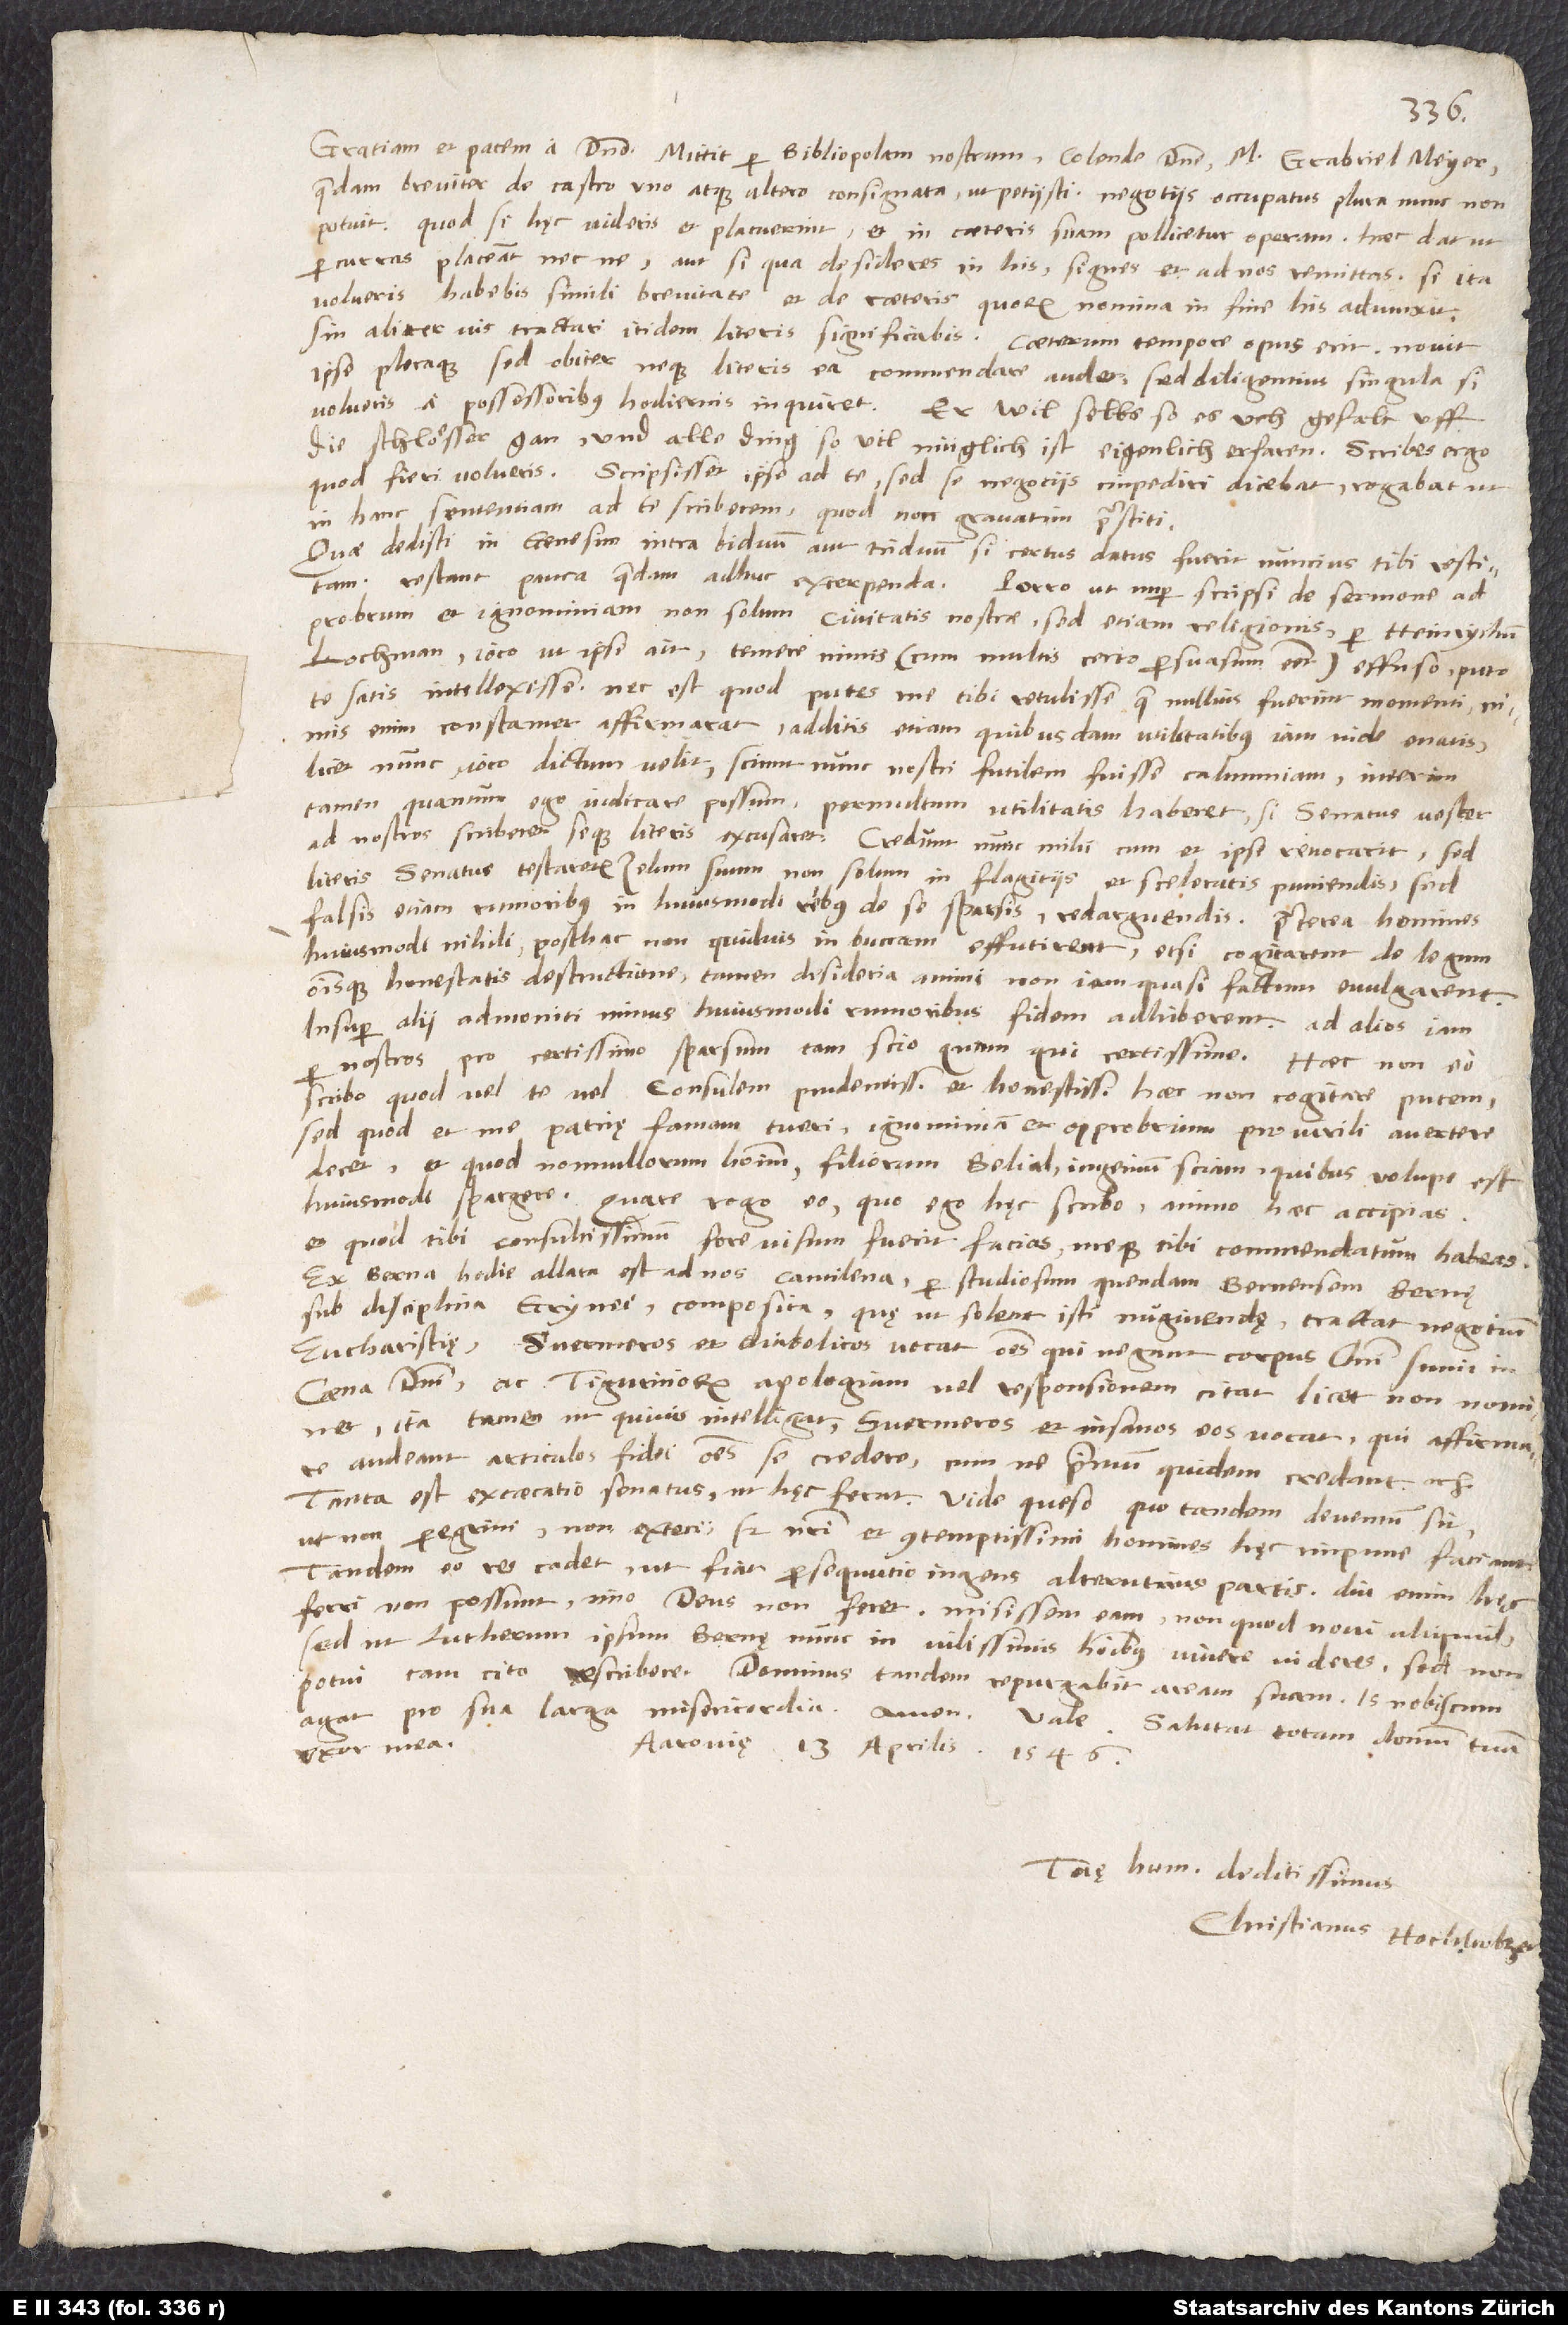
Gratiam et pacem a domino. Mittit per bibliopolam nostrum, colende domine, m. Gabriel Meyer
quaedam breviter de castro uno atque altero consignata, ut petiisti. Negotiis occupatus plura nunc non
potuit. Quod si hęc videris et placuerint, et in caeteris suam pollicetur operam. Haec dat, ut
percurras, placeant nec ne, aut si qua desideres in his, signes et ad nos remittas. Si ita
volueris, habebis simili brevitate et de caeteris, quorum nomina in fine his adiunxit.
Sin aliter vis tractari, itidem literis significabis. Caeterum tempore opus erit. Novit
ipse pleraque, sed obiter neque literis ea commendare audet; sed diligentius singula, si
volueris, a possessoribus hodiernis inquiret. Er wil selbs, so es uch gefaelt, uff
die schloͤsser gan und alle ding, so vil müglich ist, eigenlich erfaren. Scribes ergo,
quod fieri volueris. Scripsisset ipse ad te, sed se negociis impediri dicebat. Rogabat, ut
in hanc sententiam ad te scriberem; quod non gravatim praestiti.
Quae dedisti in Genesim, intra biduum aut triduum, si certus datus fuerit nuncius, tibi restituam.
Restant pauca quaedam adhuc excerpenda. Porro, ut nuper scripsi, de sermone ad
probrum et ignominiam non solum civitatis nostrae, sed etiam religionis per Heinrychum
Lochman ioco, ut ipse ait, temere nimis (cum multis certo persuasum esset) effuso puto
te satis intellexisse. Nec est, quod putes me tibi retulisse, quae nullius fuerint momenti. Nimis
enim constanter affirmarat additis etiam quibusdam utilitatibus iam inde enatis,
licet nunc ioco dictum velit. Sciunt nunc nostri futilem fuisse calumniam. Interim
tamen, quantum ego iudicare possum, permultum utilitatis haberet, si senatus vester
ad nostros scriberet seque literis excusaret. Credunt nunc mihi, cum et ipse revocarit. Sed
literis senatus testaretur zelum suum non solum in flagitiis et sceleratis puniendis, sed
falsis etiam rumoribus in huiusmodi rebus de se sparsis redarguendis; praeterea homines
huiusmodi nihili posthac non quidvis in buccam effutirent, etsi cogitarent de legum
omnisque honestatis destructione, tamen desideria animi non iam quasi factum evulgarent.
Insuper alii admoniti minus huiusmodi rumoribus fidem adhiberent. Ad alios iam
per nostros pro certissimo sparsum tam scio quam qui certissime. Haec non eo
scribo, quod vel te vel consulem prudentissimum et honestissimum haec non cogitare putem,
sed quod et me patrię famam tueri, ignominiam et opprobrium pro virili avertere
decet, et quod nonnullorum hominum, filiorum Belial, ingenium sciam, quibus volupe est
huiusmodi spargere. Quare rogo, eo, quo ego hęc scribo, animo haec accipias
et, quod tibi consultissimum fore visum fuerit, facias meque tibi commendatum habeas.
Ex Berna hodie allata est ad nos cantilena per studiosum quendam Bernensem Bernę
sub disciplina Grynei composita, quę, ut solent isti nugivendę, tractat negotium
eucharistię. Svermeros et diabolicos vocat omnes, qui negant corpus Christi sumi in
coena domini, ac Tigurinorum apologiam vel responsionem citat, licet non nominet,
ita tamen, ut quivis intelligat. Svermeros et insanos eos vocat, qui affirmare
audeant articulos fidei omnes se credere, cum ne primum quidem credant,
Tanta est excaecatio senatus, ut hęc ferat! Vide queso, quo tandem deventum sit,
ut non peregrini, non exteri, sed nostri, et contemptissimi homines, hęc impune faciant.
Tandem eo res cadat, ut fiat persequutio ingens alterutrius partis. Diu enim hęc
ferri non possunt, imo deus non feret. Misissem eam, non quod novi aliquid,
sed ut Lutherum ipsum Bernę nunc in vilissimis hominibus vivere videres; sed non
potui tam cito rescribere. Dominus tandem repurgabit aream suam. Is nobiscum
agat pro sua larga misericordia! Amen. Vale. Salutat totum domum tuam
Aarovię, 13. aprilis
uxor mea.
1546.
Tuę humanitati deditissimus
Christianus Hochholzer.